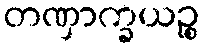
တဏှာက္ခယဉ္စ